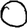
Digit: 0